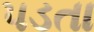
૫ડતા